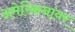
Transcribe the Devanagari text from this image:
अमेरिकनांवर